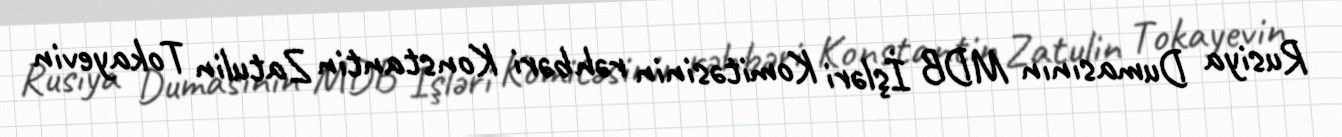
Rusiya Dumasının MDB İşləri Komitəsinin rəhbəri Konstantin Zatulin Tokayevin